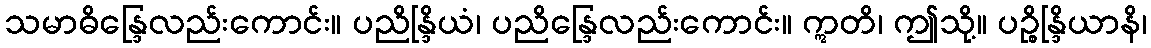
သမာဓိန္ဒြေလည်းကောင်း။ ပညိန္ဒြိယံ၊ ပညိန္ဒြေလည်းကောင်း။ ဣတိ၊ ဤသို့။ ပဉ္စိန္ဒြိယာနိ၊